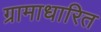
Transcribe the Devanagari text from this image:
ग्रामाधारित